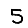
Digit: 5